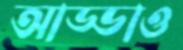
আড্ডাও